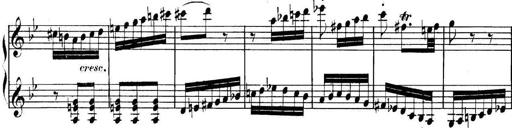
Title: Collected Piano Sonatas
Composer: Muzio Clementi